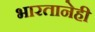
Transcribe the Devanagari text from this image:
भारतानेही